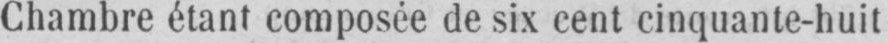
Chambre étant composée de six cent cinquante-huit